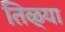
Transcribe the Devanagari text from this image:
तिळ्या